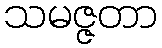
သမဇ္ဇတာ